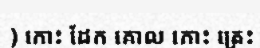
) កោះ ដែក គោល កោះ ត្រេះ